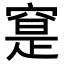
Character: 𥦽